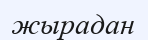
жырадан